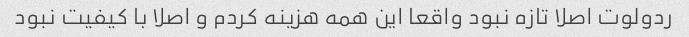
ردولوت اصلا تازه نبود واقعا این همه هزینه کردم و اصلا با کیفیت نبود